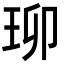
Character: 珋